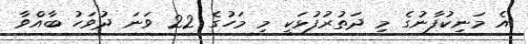
އެ މަނިކުފާނުގެ މި ދަތުރުފުޅަކީ މި މަހުގެ 22 ވަނަ ދުވަހު ބާއްވާ